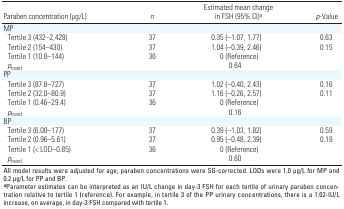
<table><thead><tr><td><b>Paraben concentration (μg/L)</b></td><td><b><i>n</i></b></td><td><b>Estimated mean change in FSH (95% CI)<sup><i>a</i></sup></b></td><td><b><i>p</i>-Value</b></td></tr></thead><tbody><tr><td><b>MP</b></td></tr><tr><td><b>Tertile 3 (432–2,428)</b></td><td>37</td><td>0.35 (–1.07, 1.77)</td><td>0.63</td></tr><tr><td><b>Tertile 2 (154–430)</b></td><td>37</td><td>1.04 (–0.39, 2.46)</td><td>0.15</td></tr><tr><td><b>Tertile 1 (10.8–144)</b></td><td>36</td><td>0 (Reference)</td></tr><tr><td><b><i>p</i><sub>trend </sub></b></td><td></td><td>0.64</td></tr><tr><td><b>PP</b></td></tr><tr><td><b>Tertile 3 (87.8–727)</b></td><td>37</td><td>1.02 (–0.40, 2.43)</td><td>0.16</td></tr><tr><td><b>Tertile 2 (32.0–80.9)</b></td><td>37</td><td>1.16 (–0.26, 2.57)</td><td>0.11</td></tr><tr><td><b>Tertile 1 (0.46–29.4)</b></td><td>36</td><td>0 (Reference)</td></tr><tr><td><b><i>p</i><sub>trend </sub></b></td><td></td><td>0.16</td></tr><tr><td><b>BP</b></td></tr><tr><td><b>Tertile 3 (6.00–177)</b></td><td>37</td><td>0.39 (–1.03, 1.82)</td><td>0.59</td></tr><tr><td><b>Tertile 2 (0.96–5.61)</b></td><td>37</td><td>0.95 (–0.48, 2.39)</td><td>0.19</td></tr><tr><td><b>Tertile 1 (&lt; LOD–0.85)</b></td><td>36</td><td>0 (Reference)</td></tr><tr><td><b><i>p</i><sub>trend </sub></b></td><td></td><td>0.60</td></tr><tr><td colspan="4">All model results were adjusted for age; paraben concentrations were SG-corrected. LODs were 1.0 μg/L for MP and 0.2 μg/L for PP and BP. <sup><i><b>a</b></i></sup>Parameter estimates can be interpreted as an IU/L change in day-3 FSH for each tertile of urinary paraben concentration relative to tertile 1 (reference). For example, in tertile 3 of the PP urinary concentrations, there is a 1.02-IU/L increase, on average, in day-3 FSH compared with tertile 1. </td></tr></tbody></table>